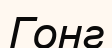
Гонг